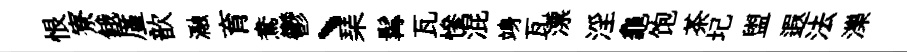
恨寮餓厪歆瀜育鴦鬱、琹髯瓦慘混竧瓦漂淫龜饱茶圮盥遐法濼